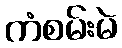
ကံစမ်းမဲ